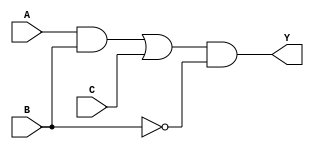
module combinational_logic (
    input wire A,  // Input variable A
    input wire B,  // Input variable B
    input wire C,  // Input variable C
    output wire Y  // Output variable Y
);

// Intermediate nodes for multi-level simplification
wire AB;         // Logic node for AND(A, B)
wire AC;         // Logic node for AND(A, C)
wire BC;         // Logic node for AND(B, C)
wire AB_or_C;    // Logic node for OR(AB, C)
wire not_B;      // Logic node for NOT(B)

// Simplified Logic Functions
// Intermediate logic operations
assign AB = A & B;         // AND operation
assign AC = A & C;         // AND operation
assign BC = B & C;         // AND operation
assign not_B = ~B;         // NOT operation

// Combine intermediate gates for final output
assign AB_or_C = AB | C;   // OR operation
assign Y = AB_or_C & not_B; // Final logic operation, Y = (AB + C) * NOT(B)

endmodule